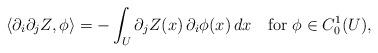
LaTeX: \begin{align*} \langle \partial_i\partial_j Z,\phi\rangle = -\int_U \partial_j Z(x)\,\partial_i \phi(x)\,dx \quad\hbox{for}\ \phi\in C^1_0(U), \end{align*}